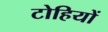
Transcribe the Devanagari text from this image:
टोहियों